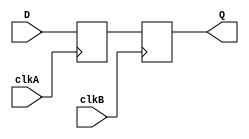
module master_slave_ff_synchronizer (
    input wire D,          // Data input
    input wire clkA,      // Clock signal for the master flip-flop
    input wire clkB,      // Clock signal for the slave flip-flop
    output reg Q          // Synchronized output
);
    reg Q1;               // Intermediate signal from the master flip-flop

    // Master Flip-Flop
    always @(posedge clkA) begin
        Q1 <= D;         // Capture data on rising edge of Clock A
    end

    // Slave Flip-Flop
    always @(posedge clkB) begin
        Q <= Q1;        // Capture the output of master on rising edge of Clock B
    end
endmodule